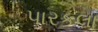
પારકલા